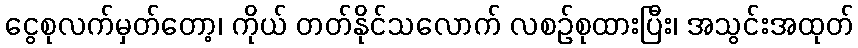
ငွေစုလက်မှတ်တော့၊ ကိုယ် တတ်နိုင်သလောက် လစဉ်စုထားပြီး၊ အသွင်းအထုတ်